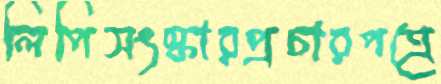
লিপিসংস্কারপ্রচারপত্রে